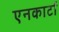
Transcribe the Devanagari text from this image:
एनकार्टा